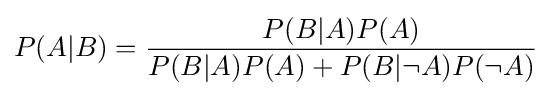
P(A|B)={\frac {P(B|A)P(A)}{P(B|A)P(A)+P(B|\neg A)P(\neg A)}}